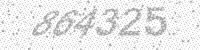
Solution: 864325